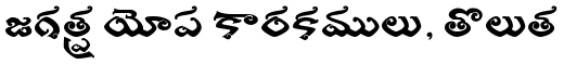
జగత్ప్ర యోప కారకములు, తొలుత